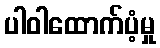
ပါဝါထောက်ပံ့မှု